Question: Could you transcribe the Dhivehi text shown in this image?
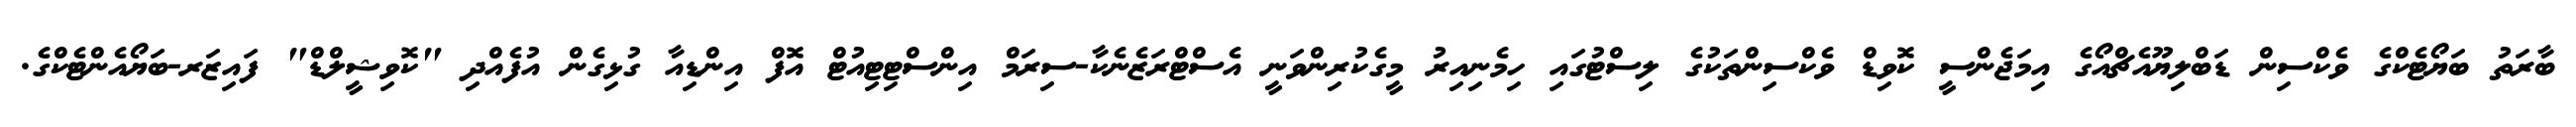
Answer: ބާރަތު ބަޔޯޓެކްގެ ވެކްސިން ޑަބްލިޔޫއެޗްއޯގެ އިމަޖެންސީ ކޮވިޑް ވެކްސިންތަކުގެ ލިސްޓުގައި ހިމެނިއިރު މީގެކުރިންވަނީ އެސްޓްރަޒެނެކާ-ސިރަމް އިންސްޓިޓިއުޓް އޮފް އިންޑިއާ ގުޅިގެން އުފެއްދި "ކޮވިޝީލްޑް" ފައިޒަރ-ބަޔޯއެންޓެކްގެ.